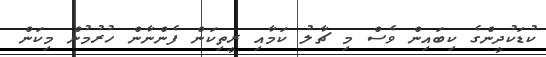
ކުޑަކުދީންގެ ކިބައިން ވެސް މި ޗާލު ކަމާއި ރީތިކަން ފެންނާން ހުރުމުން މިކަން